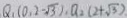
Q _ { 1 } ( 0 , 2 - \sqrt { 3 } ) , Q _ { 2 } ( 2 + \sqrt { 3 } ) .